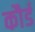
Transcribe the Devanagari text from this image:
कौर्ड